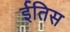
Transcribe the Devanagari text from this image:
ईतिस